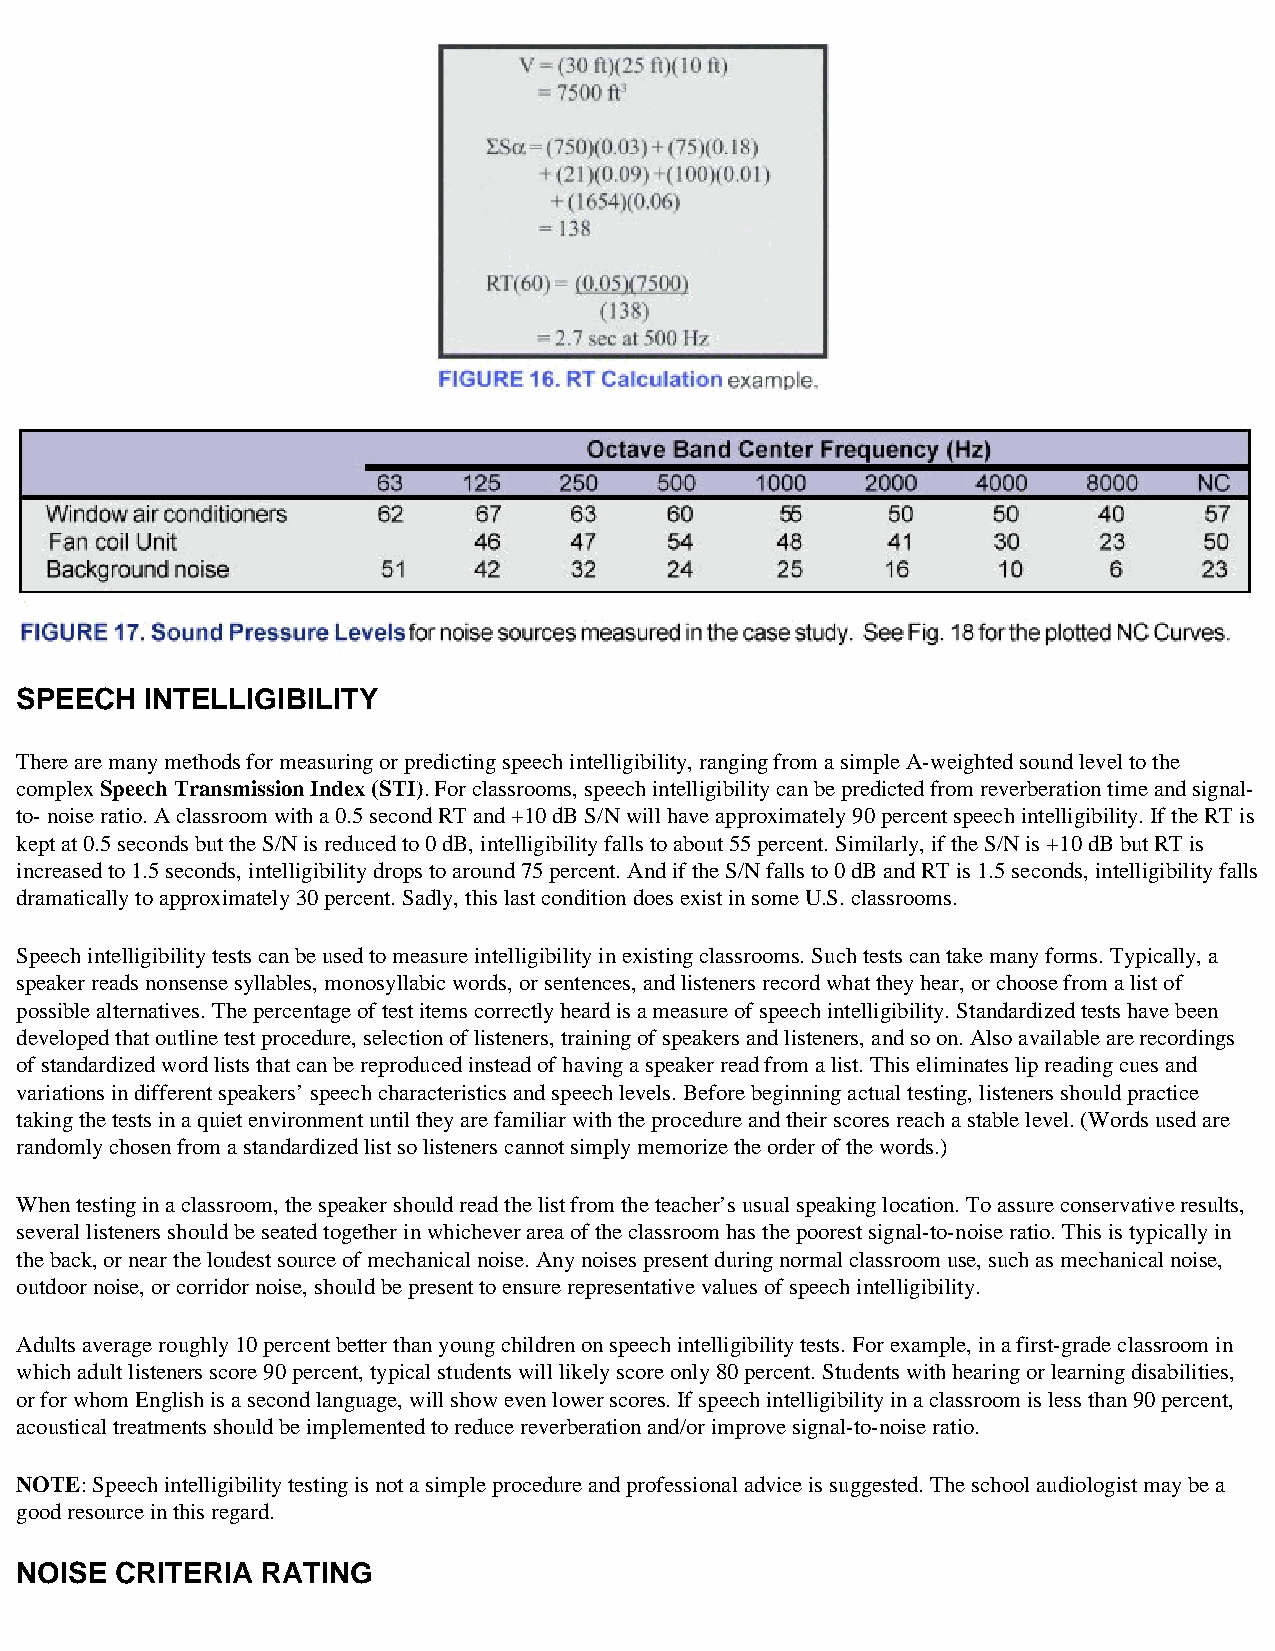
SPEECH   INTELLIGIBILITY
 There are many methods for measuring or predicting speech intelligibility, ranging from a simple A-weighted sound level to the
 complex Speech Transmission Index (STI). For classrooms, speech intelligibility can be predicted from reverberation time and signal-
 to- noise ratio. A classroom with a 0.5 second RT and +10 dB S/N will have approximately 90 percent speech intelligibility. If the RT is
 kept at 0.5 seconds but the S/N is reduced to 0 dB, intelligibility falls to about 55 percent. Similarly, if the S/N is +10 dB but RT is
 increased to 1.5 seconds, intelligibility drops to around 75 percent. And if the S/N falls to 0 dB and RT is 1.5 seconds, intelligibility falls
 dramatically to approximately 30 percent. Sadly, this last condition does exist in some U.S. classrooms.
 Speech intelligibility tests can be used to measure intelligibility in existing classrooms. Such tests can take many forms. Typically, a
 speaker reads nonsense syllables, monosyllabic words, or sentences, and listeners record what they hear, or choose from a list of
 possible alternatives. The percentage of test items correctly heard is a measure of speech intelligibility. Standardized tests have been
 developed that outline test procedure, selection of listeners, training of speakers and listeners, and so on. Also available are recordings
 of standardized word lists that can be reproduced instead of having a speaker read from a list. This eliminates lip reading cues and
 variations in different speakers’ speech characteristics and speech levels. Before beginning actual testing, listeners should practice
 taking the tests in a quiet environment until they are familiar with the procedure and their scores reach a stable level. (Words used are
 randomly chosen from a standardized list so listeners cannot simply memorize the order of the words.)
 When testing in a classroom, the speaker should read the list from the teacher’s usual speaking location. To assure conservative results,
 several listeners should be seated together in whichever area of the classroom has the poorest signal-to-noise ratio. This is typically in
 the back, or near the loudest source of mechanical noise. Any noises present during normal classroom use, such as mechanical noise,
 outdoor noise, or corridor noise, should be present to ensure representative values of speech intelligibility.
 Adults average roughly 10 percent better than young children on speech intelligibility tests. For example, in a first-grade classroom in
 which adult listeners score 90 percent, typical students will likely score only 80 percent. Students with hearing or learning disabilities,
 or for whom English is a second language, will show even lower scores. If speech intelligibility in a classroom is less than 90 percent,
 acoustical treatments should be implemented to reduce reverberation and/or improve signal-to-noise ratio.
 NOTE: Speech intelligibility testing is not a simple procedure and professional advice is suggested. The school audiologist may be a
 good resource in this regard.
 NOISE  CRITERIA RATING